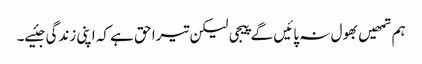
ہم تمھیں بھول نہ پائیں گے پیجی لیکن تیرا حق ہے کہ اپنی زندگی جئیے۔